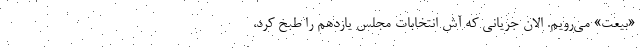
«بیعت» می‌رویم. الان جریانی که‌ آش انتخابات مجلس یازدهم را طبخ کرد،